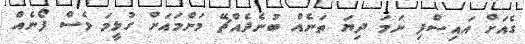
ގެއަށް އައިސްފި ނަމަ ދިޔަ ތަނެއް ބުނެދެއްޗޭ މަންމައަށް ގުޅީމަ ވެސް ފޯނެއް